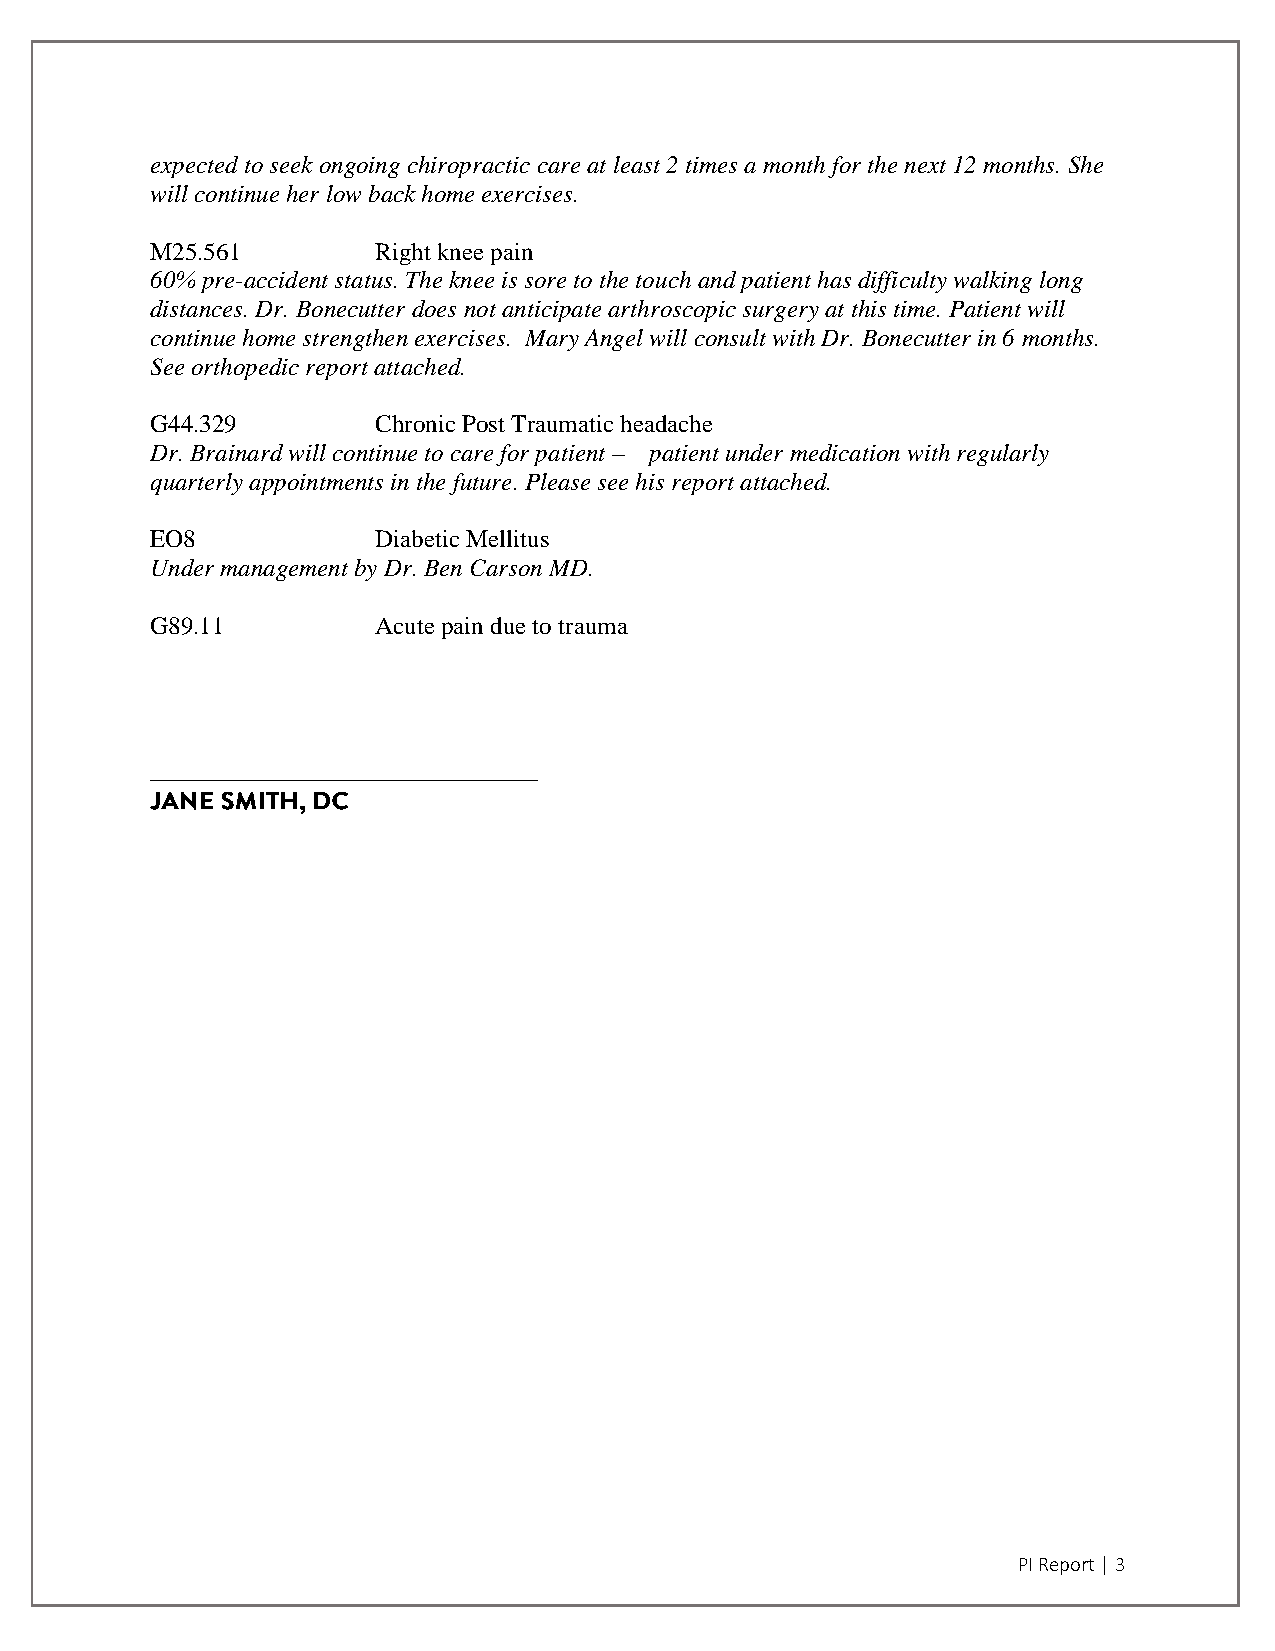
expected to seek ongoing chiropractic care at least 2 times a month for the next 12 months. She
 will continue her low back home exercises.
 M25.561        Right knee pain
 60% pre-accident status. The knee is sore to the touch and patient has difficulty walking long
 distances. Dr. Bonecutter does not anticipate arthroscopic surgery at this time. Patient will
 continue home strengthen exercises. Mary Angel will consult with Dr. Bonecutter in 6 months.
 See orthopedic report attached.
 G44.329        Chronic Post Traumatic headache
 Dr. Brainard will continue to care for patient – patient under medication with regularly
 quarterly appointments in the future. Please see his report attached.
 EO8            Diabetic Mellitus
 Under management by Dr. Ben Carson MD.
 G89.11         Acute pain due to trauma
 _______________________________
 PI Report | 3